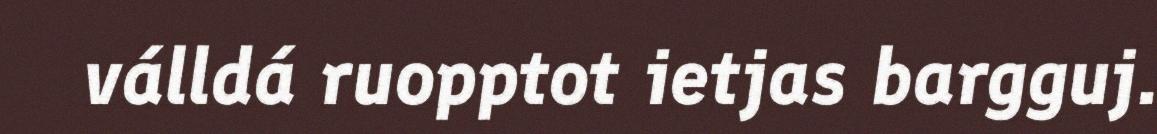
válldá ruopptot ietjas bargguj.